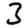
Digit: 3